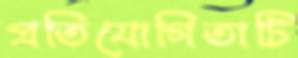
প্রতিযোগিতাটি